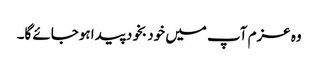
وہ عزم آپ میں خود بخود پیدا ہوجائے گا۔